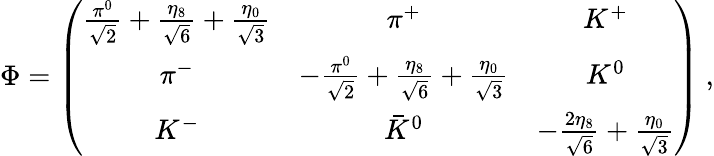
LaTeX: \Phi=\left(\begin{array}{ccc}{{{\frac{\pi^{0}}{\sqrt 2}}+{\frac{\eta_{8}}{\sqrt 6}}+{\frac{\eta_{0}}{\sqrt 3}}}}&{{\pi^{+}}}&{{K^{+}}}\\ {{\pi^{-}}}&{{-{\frac{\pi^{0}}{\sqrt 2}}+{\frac{\eta_{8}}{\sqrt 6}}+{\frac{\eta_{0}}{\sqrt 3}}}}&{{K^{0}}}\\ {{K^{-}}}&{{\bar{K}^{0}}}&{{-{\frac{2\eta_{8}}{\sqrt 6}}+{\frac{\eta_{0}}{\sqrt 3}}}}\end{array}\right)\ ,